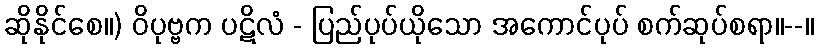
ဆိုနိုင်စေ။) ဝိပုဗ္ဗက ပဋိလံ - ပြည်ပုပ်ယိုသော အကောင်ပုပ် စက်ဆုပ်စရာ။--။